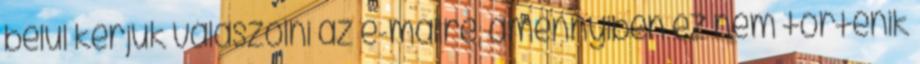
belül kérjük válaszolni az e-mailre, amennyiben ez nem történik